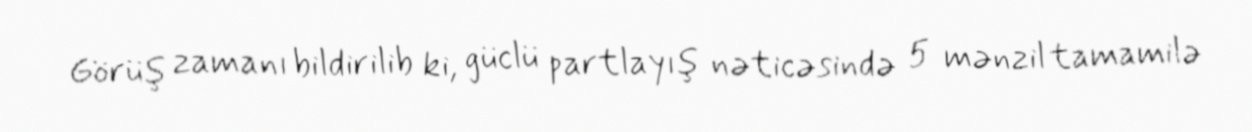
Görüş zamanı bildirilib ki, güclü partlayış nəticəsində 5 mənzil tamamilə